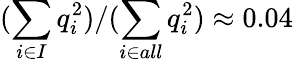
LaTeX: (\sum_{i\in I}q_{i}^{2})/(\sum_{i\in all}q_{i}^{2})\approx 0.04